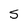
Character: s